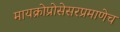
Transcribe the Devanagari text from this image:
मायक्रोप्रोसेसरप्रमाणेच